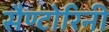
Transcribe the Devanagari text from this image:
सैण्टोरिनी